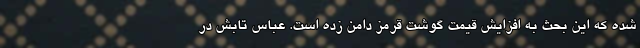
شده که این بحث به افزایش قیمت گوشت قرمز دامن زده است. عباس تابش در